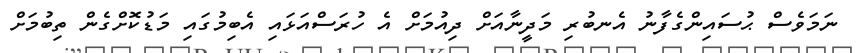
ނަމަވެސް ޙުސައިންގެފާނު އެނބުރި މަދީނާއަށް ދިއުމަށް އެ ހުރަސްއަޅައި އެބިމުގައި މަޑުކޮށްގެން ތިބުމަށް